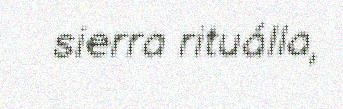
sierra rituálla,